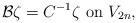
LaTeX: \begin{align*}\mathcal{B}\zeta=C^{-1}\zeta\hbox{ on }V_{2n},\end{align*}